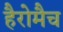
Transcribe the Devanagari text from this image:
हैरोमैच